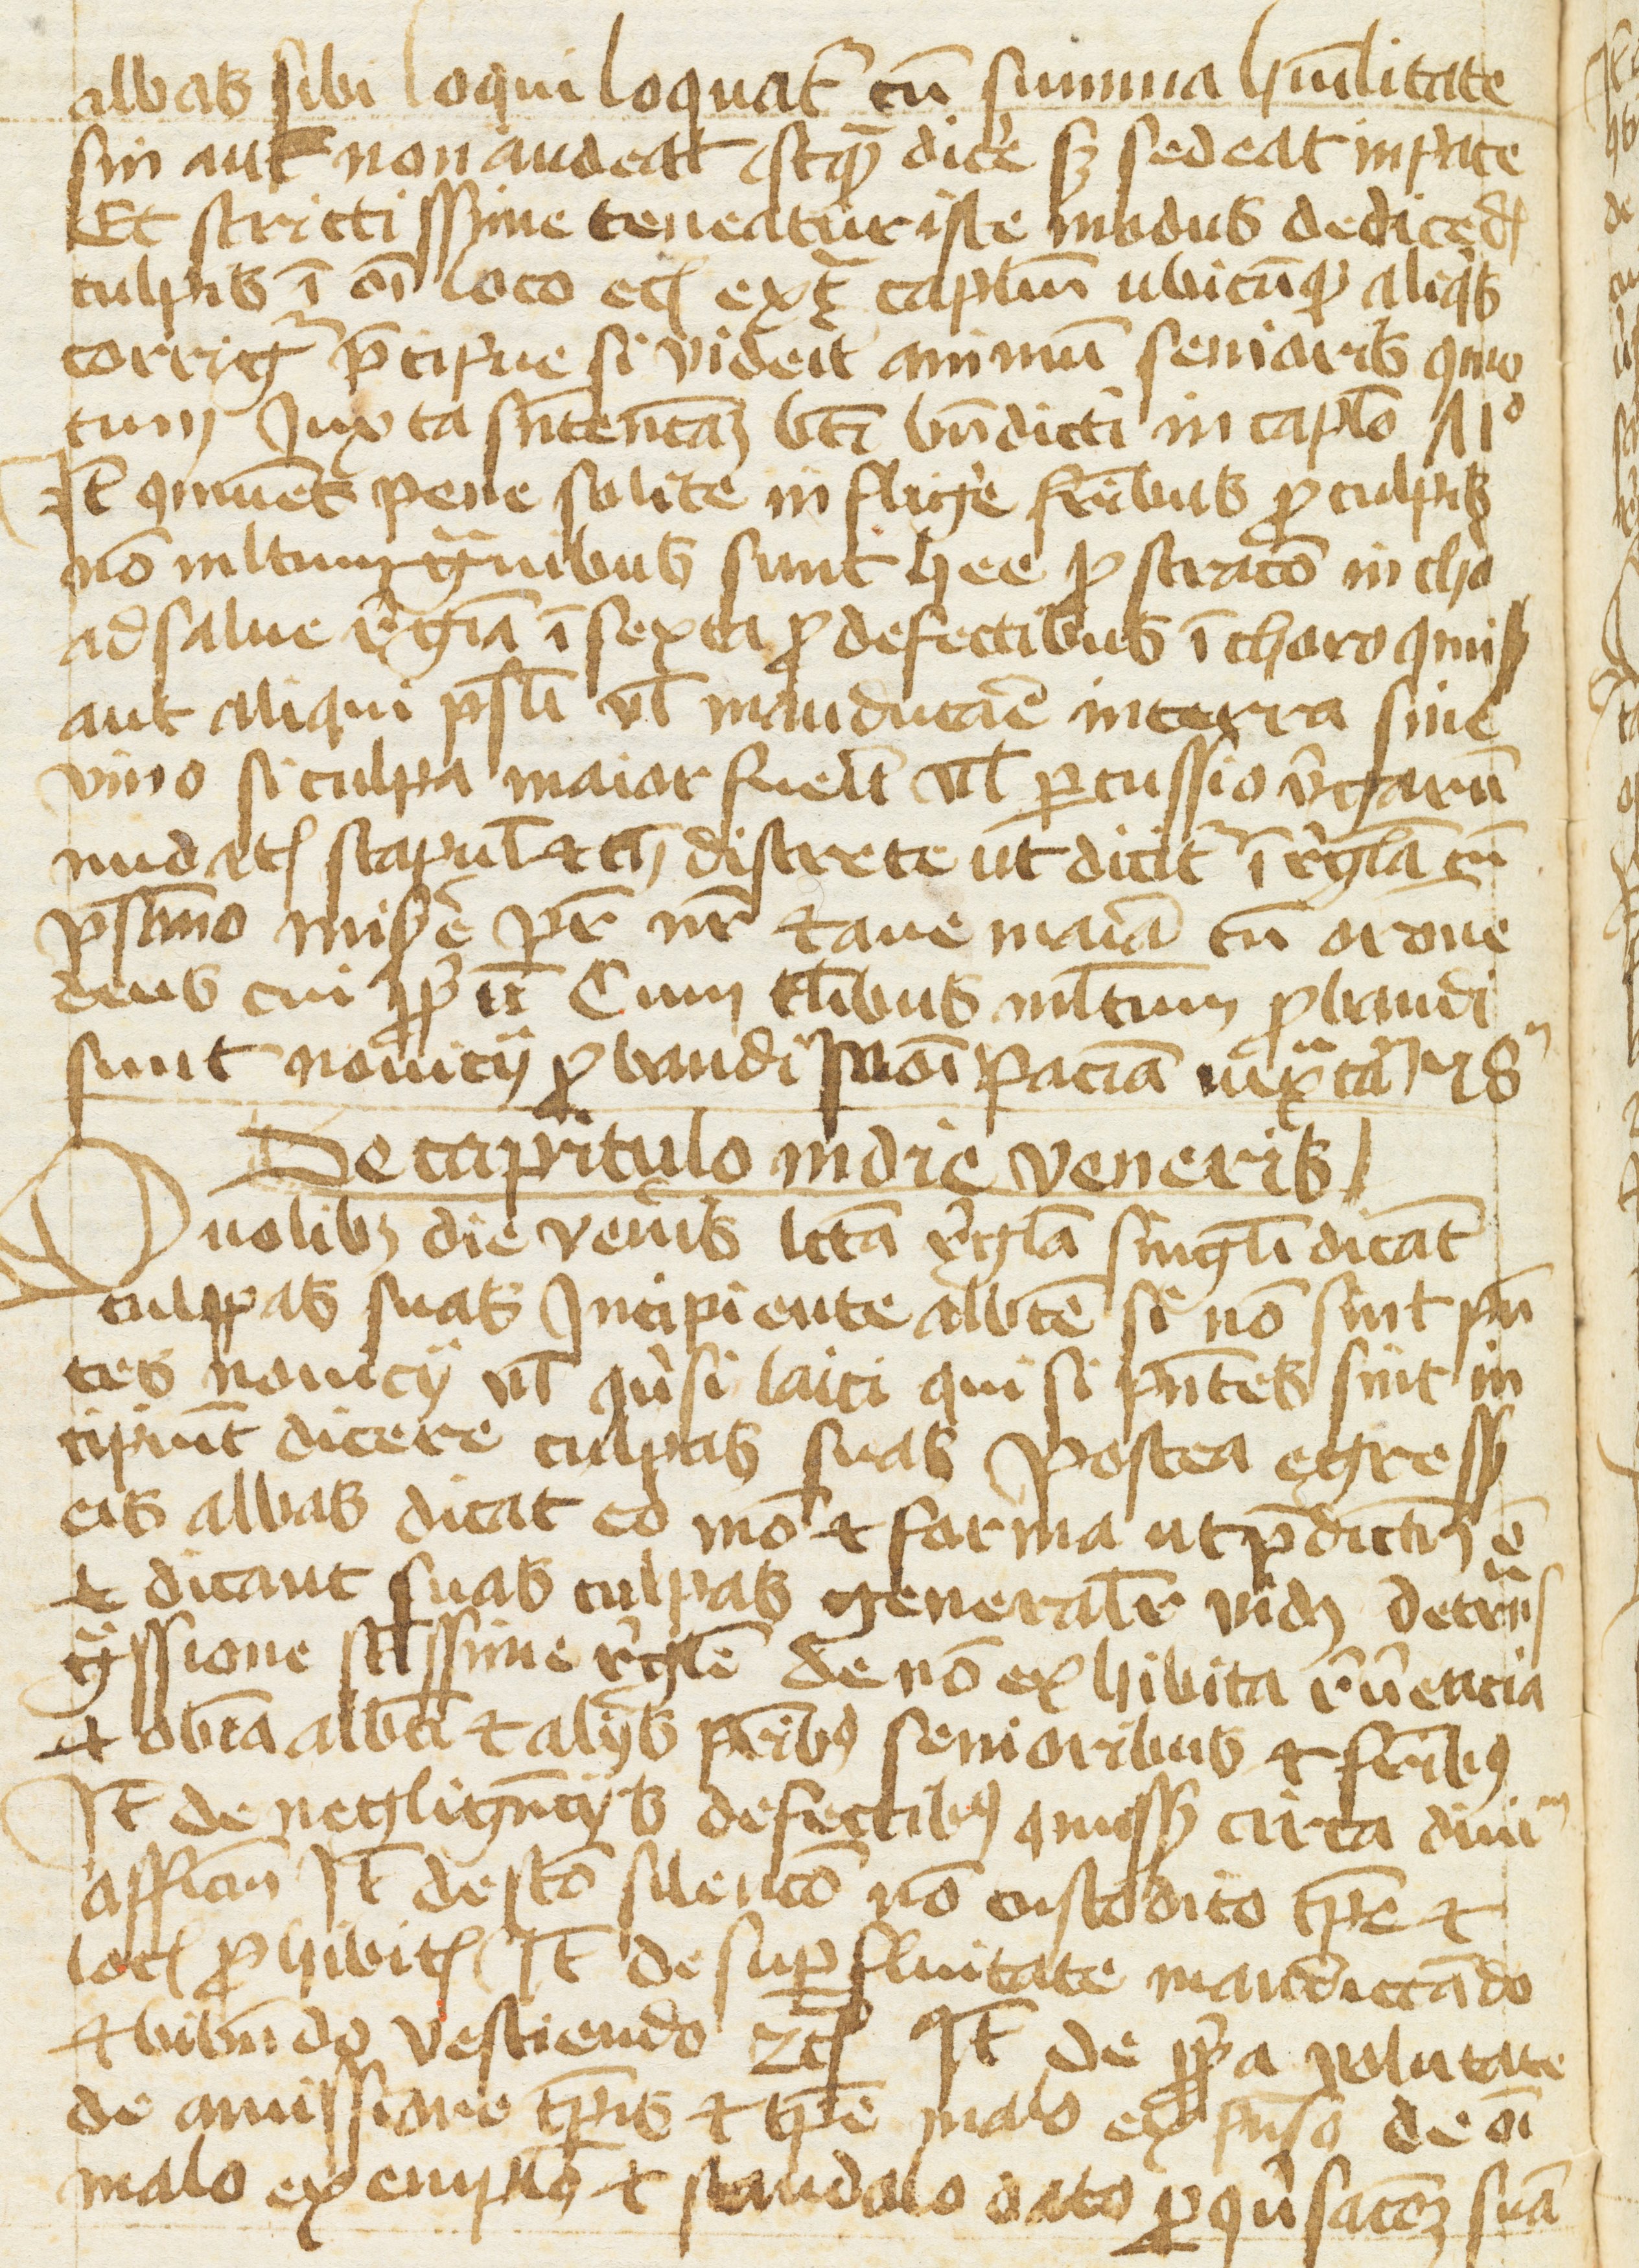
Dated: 1400–1499